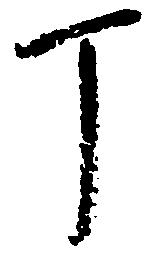
丁